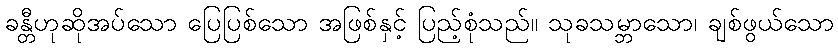
ခန္တီဟုဆိုအပ်သော ပြေပြစ်သော အဖြစ်နှင့် ပြည့်စုံသည်။ သုခသမ္ဘာသော၊ ချစ်ဖွယ်သော